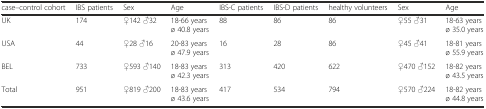
| case–control cohort | IBS patients | Sex | Age | IBS-C patients | IBS-D patients | healthy volunteers | Sex | Age |
 | --- | --- | --- | --- | --- | --- | --- | --- | --- |
 | UK | 174 | ♀142 ♂32 | 18-66 years ø 40.8 years | 88 | 86 | 86 | ♀55 ♂31 | 18-63 years ø 35.0 years |
 | USA | 44 | ♀28 ♂16 | 20-83 years ø 47.9 years | 16 | 28 | 86 | ♀45 ♂41 | 18-81 years ø 55.9 years |
 | BEL | 733 | ♀593 ♂140 | 18-83 years ø 42.3 years | 313 | 420 | 622 | ♀470 ♂152 | 18-82 years ø 43.5 years |
 | Total | 951 | ♀819 ♂200 | 18-83 years ø 43.6 years | 417 | 534 | 794 | ♀570 ♂224 | 18-82 years ø 44.8 years |